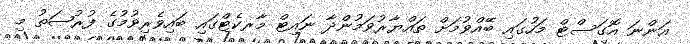
އަންނަ އޮގަސްޓް މަހުގައި ބޭއްވުމަށް ތައްޔާރުވަމުންދާ ނައިޓް މާރކެޓްގައި ބައިވެރިވުމުގެ ފުރުޞަތު މި